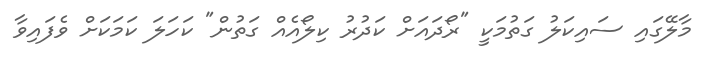
މާލޭގައި ސައިކަލު ގަތުމަކީ "ރޯދައަށް ކަދުރު ކިލޯއެއް ގަތުން" ކަހަލަ ކަމަކަށް ވެފައިވާ